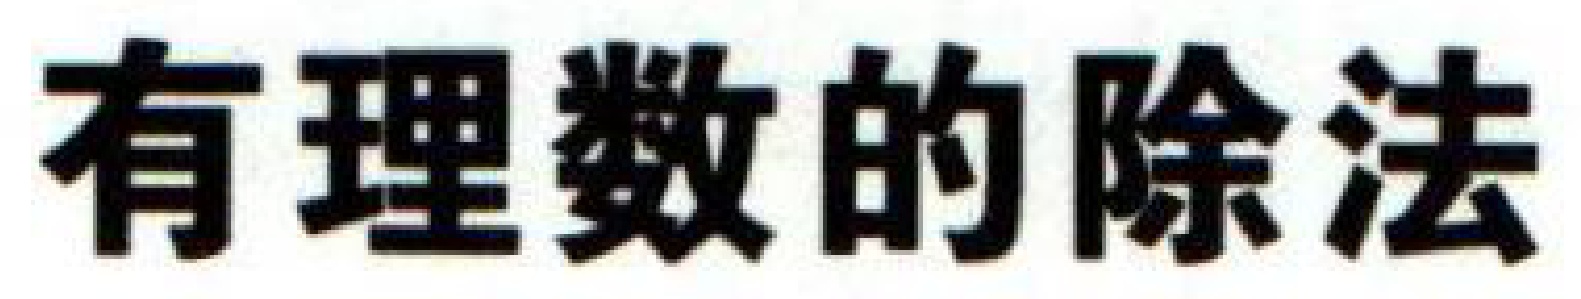
有理数的除法